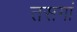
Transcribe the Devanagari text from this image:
तसगां